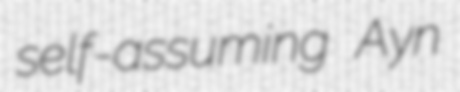
self-assuming Ayn